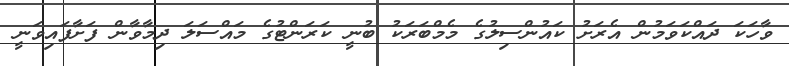
ވާހަކަ ދައްކަވަމުން އެރަށު ކައުންސިލުގެ މެމްބަރަކު ބުނީ ކަރަންޓުގެ މައްސަލަ ދިމާވާން ފަށާފައިވަނީ